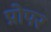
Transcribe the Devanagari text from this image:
प्रोपर